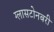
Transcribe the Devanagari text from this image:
ग्लासटोनबरी